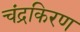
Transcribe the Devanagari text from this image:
चंद्रकिरण